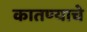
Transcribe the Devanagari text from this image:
कातण्याचे